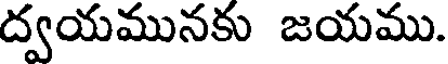
ద్వయమునకు జయము.